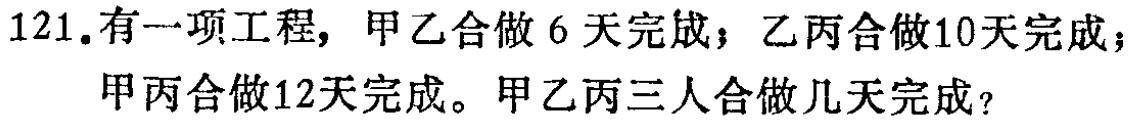
121.有一项工程，甲乙合做 6 天完成；乙丙合做10天完成；甲丙合做12天完成。甲乙丙三人合做几天完成？